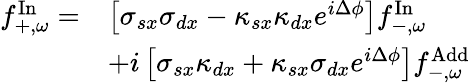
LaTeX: \begin{array}{rl}{f_{+,\omega}^{\mathrm{In}}=}&{\left[\sigma_{sx}\sigma_{dx}-\kappa_{sx}\kappa_{dx}e^{i\Delta\phi}\right]f_{-,\omega}^{\mathrm{In}}}\\ &{+i\left[\sigma_{sx}\kappa_{dx}+\kappa_{sx}\sigma_{dx}e^{i\Delta\phi}\right]f_{-,\omega}^{\mathrm{Add}}}\end{array}